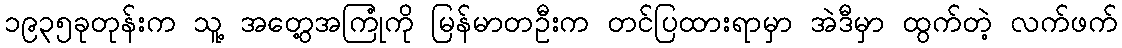
၁၉၃၅ခုတုန်းက သူ့ အတွေ့အကြုံကို မြန်မာတဦးက တင်ပြထားရာမှာ အဲဒီမှာ ထွက်တဲ့ လက်ဖက်